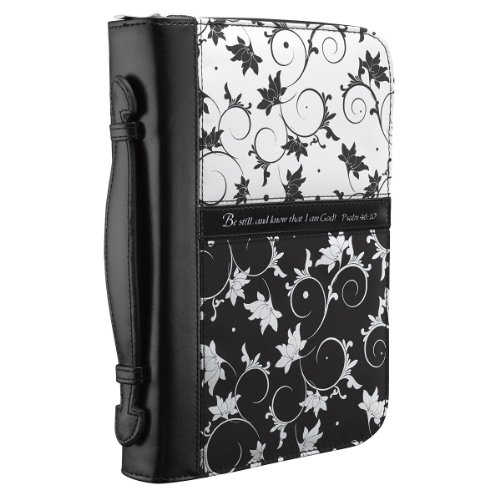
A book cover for Micro-Fiber Black & White Print Bible / Book Cover - Psalm 46:10 (Large); Christian Art Gifts (Manufacturer); Christian Books & Bibles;